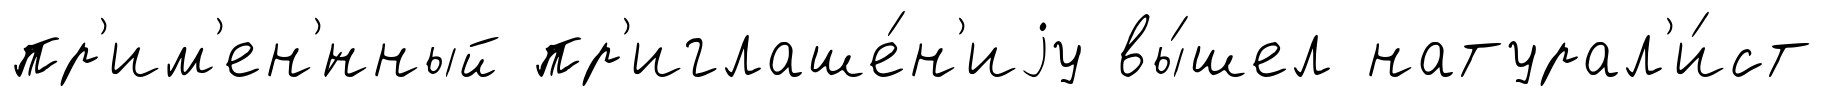
пр'им'ен'́нный пр'иглаше́н'иjу вы́шел натурал'и́ст